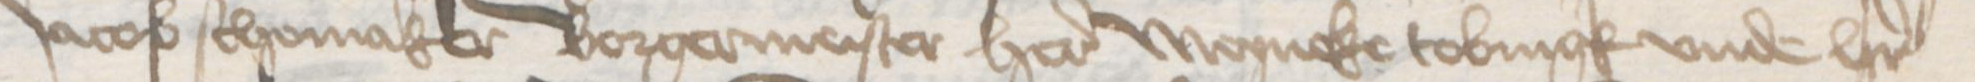
Jacob Schomaker Borgermeister here Meyneke Tobringk vnde her